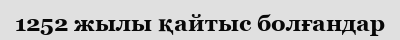
1252 жылы қайтыс болғандар